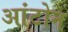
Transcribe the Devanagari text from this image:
आंटोन